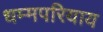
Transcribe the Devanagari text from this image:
धम्मपरियाय